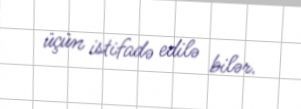
üçün istifadə edilə bilər.